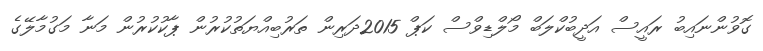
ގޮވުންނައިބު ރައީސް އަދީބުކްލަބް މޯލްޑިވްސް ކަޕް 2015ދަރިން ތަރުބިއްޔަތުކުރުން ޕާކުކުރުން މަނާ މަގުމާލޭގެ